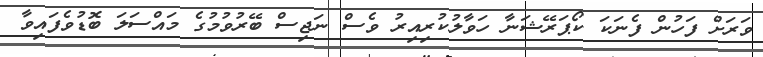
ވަރަށް ފަހުން ފެނަކަ ކޯޕަރޭޝަނާ ހަވާލުކުރިއިރު ވެސް ނަޖިސް ބޭރުވުމުގެ މައްސަލަ ބޮޑުވެފައިވާ